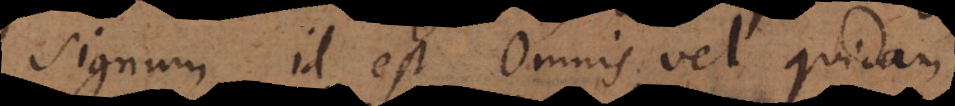
signum id est omnis vel quidam